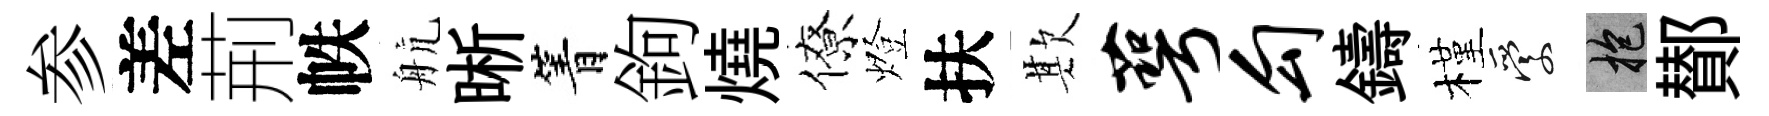
参差荊帙航晰箐鉤燒僚燈扶欺萼勾鑄槿愛抱鄼